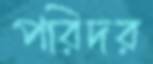
পরিদর